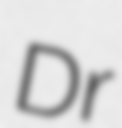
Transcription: Dr